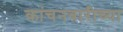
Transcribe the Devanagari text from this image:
कांचनबारीच्या